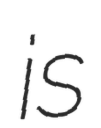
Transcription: is